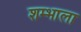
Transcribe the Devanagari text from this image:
शम्भाला